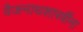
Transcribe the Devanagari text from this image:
वैजनाथशास्त्रींना